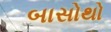
બાસોથો